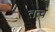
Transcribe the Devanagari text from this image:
तत्व